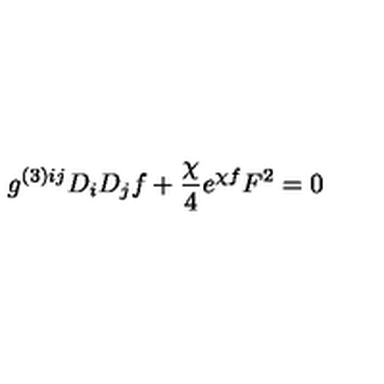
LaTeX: g ^ { ( 3 ) i j } D _ { i } D _ { j } f + \frac { \chi } { 4 } e ^ { \chi f } F ^ { 2 } = 0